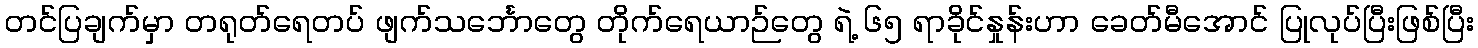
တင်ပြချက်မှာ တရုတ်ရေတပ် ဖျက်သင်္ဘောတွေ တိုက်ရေယာဉ်တွေ ရဲ့ ၆၅ ရာခိုင်နှုန်းဟာ ခေတ်မီအောင် ပြုလုပ်ပြီးဖြစ်ပြီး